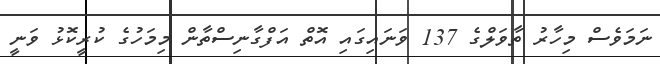
ނަމަވެސް މިހާރު ތާވަލްގެ 137 ވަނައިގައި އޮތް އަފްގާނިސްތާން މިމަހުގެ ކުރީކޮޅު ވަނީ